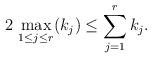
LaTeX: \begin{align*} 2\,\max_{{1\leq j\leq r}}(k_j) \leq \sum_{j=1}^r k_j . \end{align*}